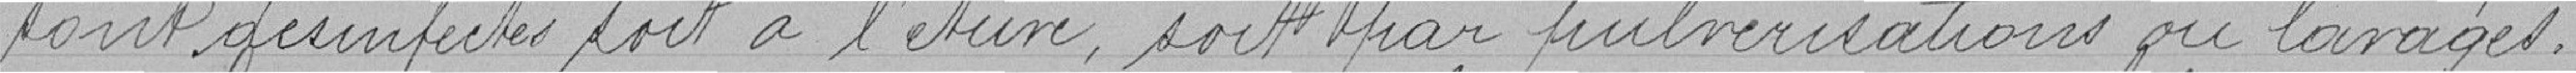
sont désinfectés soit à l'étuve, soit par pulvérisation ou lavages.